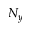
N _ { y }